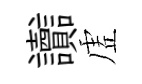
讟虗